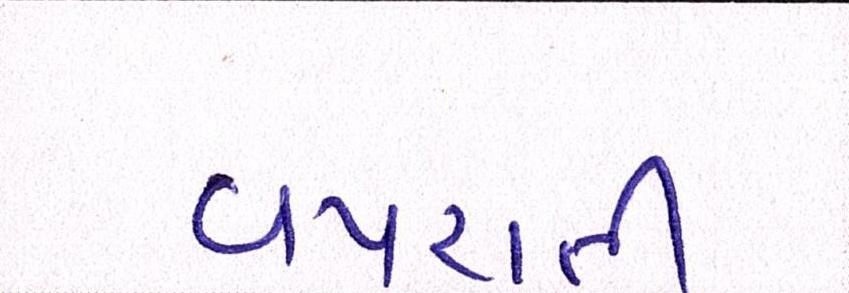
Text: વપરાતી